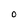
Character: 0